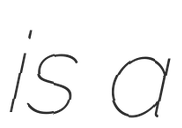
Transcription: is a